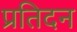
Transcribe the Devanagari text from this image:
प्रतिदन